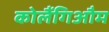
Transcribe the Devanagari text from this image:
कोलैंगिऔम